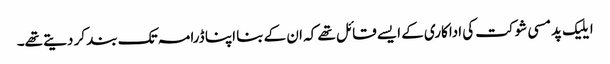
ایلیک پدمسی شوکت کی اداکاری کے ایسے قائل تھے کہ ان کے بنا اپنا ڈرامہ تک بند کر دیتے تھے۔